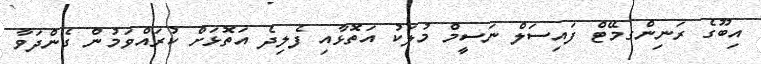
އިބޫގެ ރަނިންގމޭޓް ފައިސަލް ނަސީމް މުލަކު އަތޮޅާއި ފެލިދެ އަތޮޅަށް ކުރައްވަމުން ގެންދަވާ